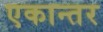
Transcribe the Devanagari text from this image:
एकान्‍तर